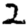
Digit: 2